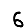
Digit: 6